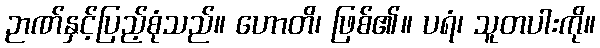
ဉာဏ်နှင့်ပြည့်စုံသည်။ ဟောတိ၊ ဖြစ်၏။ ပရံ၊ သူတပါးကို။